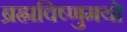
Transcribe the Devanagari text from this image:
ब्रह्मविष्णुमयो